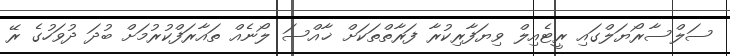
ސަލްސާރޯޔަލްގައި ރީޓެއިލް ވިޔަފާރިކުރާ ފަރާތްތަކަށް ޚާއްސަ ލޯނެއް ތައާރަފްކުރުމަށް ބުދަ ދުވަހުގެ ރޭ